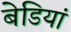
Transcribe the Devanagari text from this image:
बेडियां